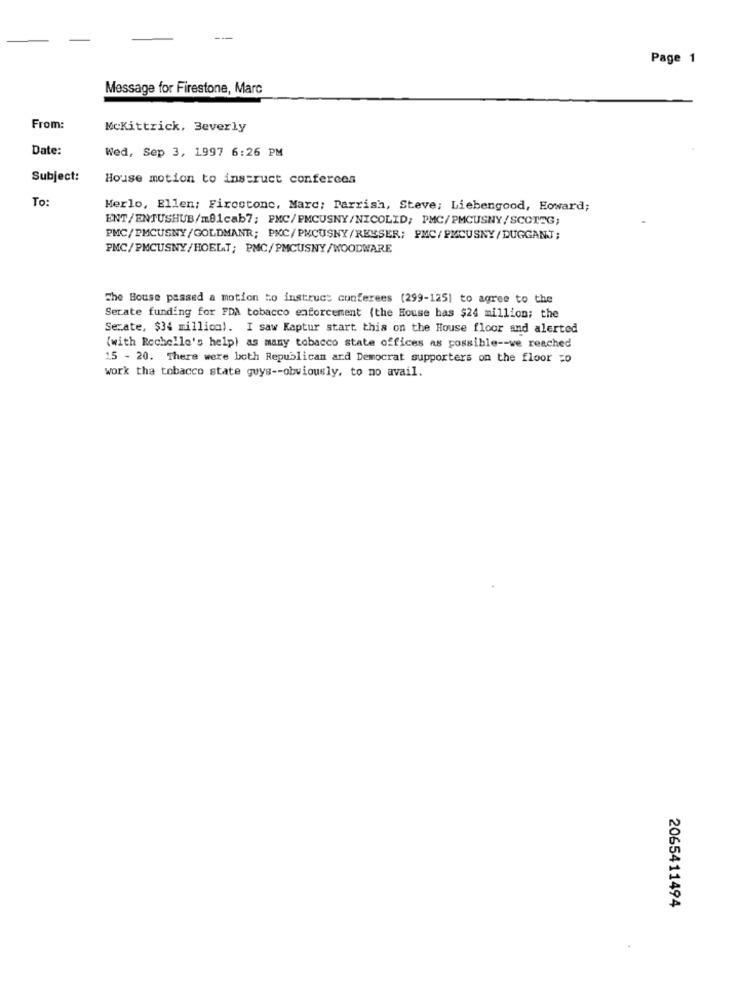
Page 1
Message for Firestone, Marc
From:
McKittrick, Beverly
Date:
Wed, Sep 3, 1997 6:26 PM
Subject:
House motion to instruct conferces
To:
Merlo, Ellen; Firestone, Marc; Parrish, Steve; Liebengood, Howard;
ENT/ENTUSHUB/mB1cab7; PMC/PMCUSNY/NICOLID; PMC/PMCUSNY/SCOTTG;
PMC/PMCUSNY/GOLDMANR; PKC/PMCUSNY/REMSER; PMC/PMCUSNY/DUGGANJ;
PMC/PMCUSNY/HOELT; PMC/PMCUSNY/WOODWARE
The House passed a motion to instruct conferees (299-125) to agree to the
Serate funding for FDA tobacco enforcement (the House has $24 million; the
Sezate, $34 million). I saw Kaptur start this on the House floor and alerted
(with Rochelle's help) as many tobacco state offices as possible -- ve reached
15 - 20. There were both Republican and Democrat supporters on the floor 50
work the tobacco state guys -- obviously, to no avail.
2065411494